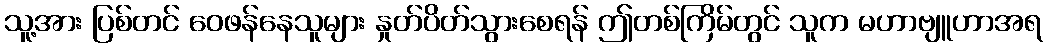
သူ့အား ပြစ်တင် ဝေဖန်နေသူများ နှုတ်ပိတ်သွားစေရန် ဤတစ်ကြိမ်တွင် သူက မဟာဗျူဟာအရ